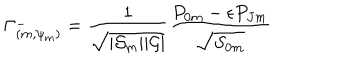
LaTeX: \Gamma _ { ( m , \psi _ { m } ) } ^ { - } = { \frac { 1 } { \sqrt { | { \cal S } _ { m } | | { \cal G } | } } } { \frac { { P } _ { 0 m } - \epsilon { P } _ { J m } } { \sqrt { { S } _ { 0 m } } } }